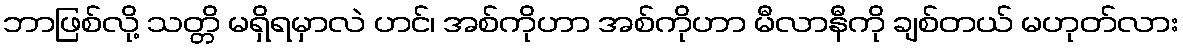
ဘာဖြစ်လို့ သတ္တိ မရှိရမှာလဲ ဟင်၊ အစ်ကိုဟာ အစ်ကိုဟာ မီလာနီကို ချစ်တယ် မဟုတ်လား